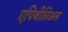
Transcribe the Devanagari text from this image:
एपिथीलिअल